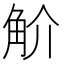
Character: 𧣋